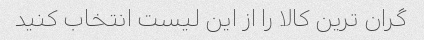
گران ترین کالا را از این لیست انتخاب کنید